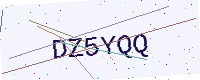
Text: DZ5YQQ